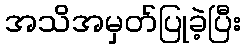
အသိအမှတ်ပြုခဲ့ပြီး